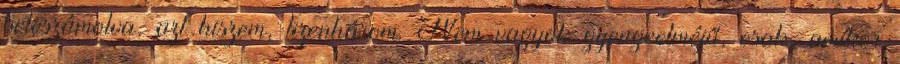
beleszámolva, azt hiszem, tizenhárom. Nem vagyok gyengeelméjű, csak, amikor